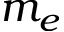
m _ { e }